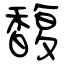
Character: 馥